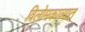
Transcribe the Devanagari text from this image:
विलोमकाव्यात